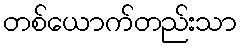
တစ်ယောက်တည်းသာ